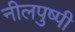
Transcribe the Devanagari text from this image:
नीलपुष्पी